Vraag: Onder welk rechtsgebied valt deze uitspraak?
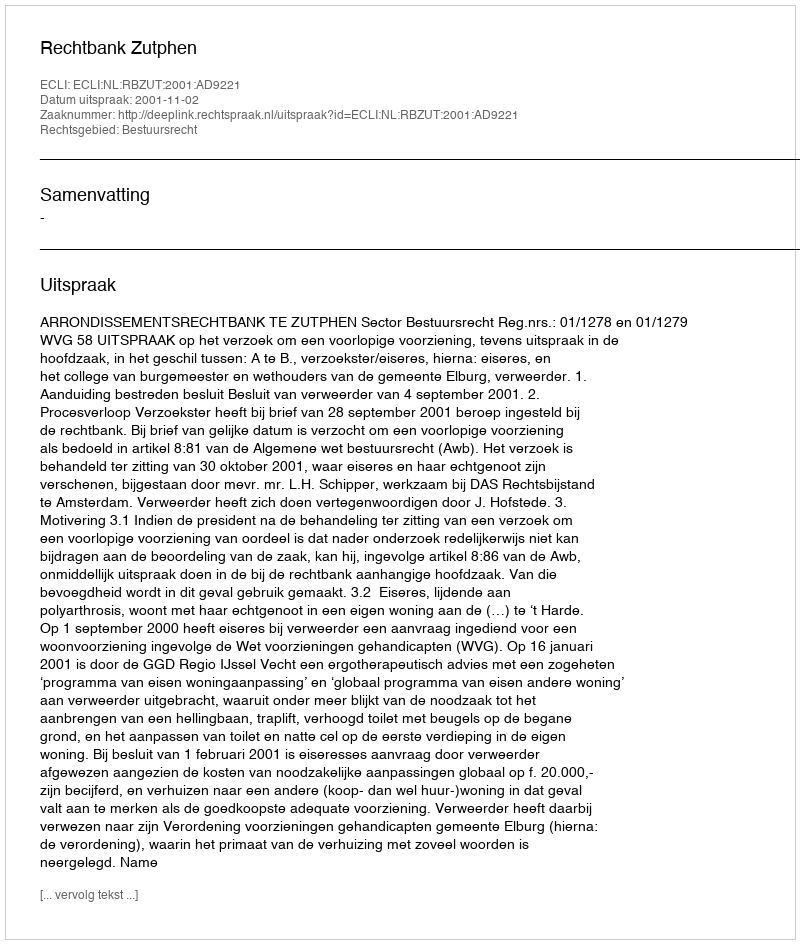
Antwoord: Bestuursrecht